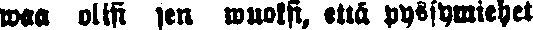
waa olisi sen wuoksi, että pyssymiehet